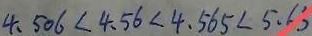
4 . 5 0 6 < 4 . 5 6 < 4 . 5 6 5 < 5 . 6 5